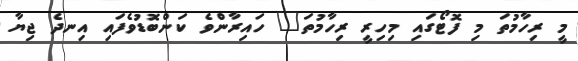
މީ ރިހާމުތަ މި ފޮޓޯގައި މިހިރީ ރިހާމުތަ" ހައިރާންވެ ކަންބޮޑުވެފައި އިނދެ ޖިޔާ